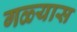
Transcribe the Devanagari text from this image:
गळ्यास